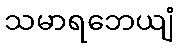
သမာရဘေယျံ